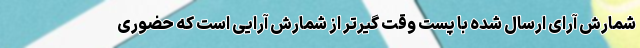
شمارش آرای ارسال شده با پست وقت گیرتر از شمارش آرایی است که حضوری